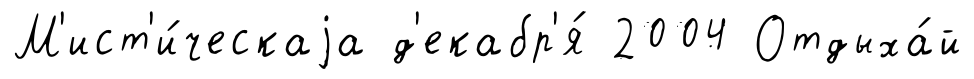
М'ист'и́ческаjа д'екабр'я́ 2004 Отдыха́й